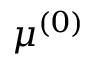
\mu ^ { ( 0 ) }